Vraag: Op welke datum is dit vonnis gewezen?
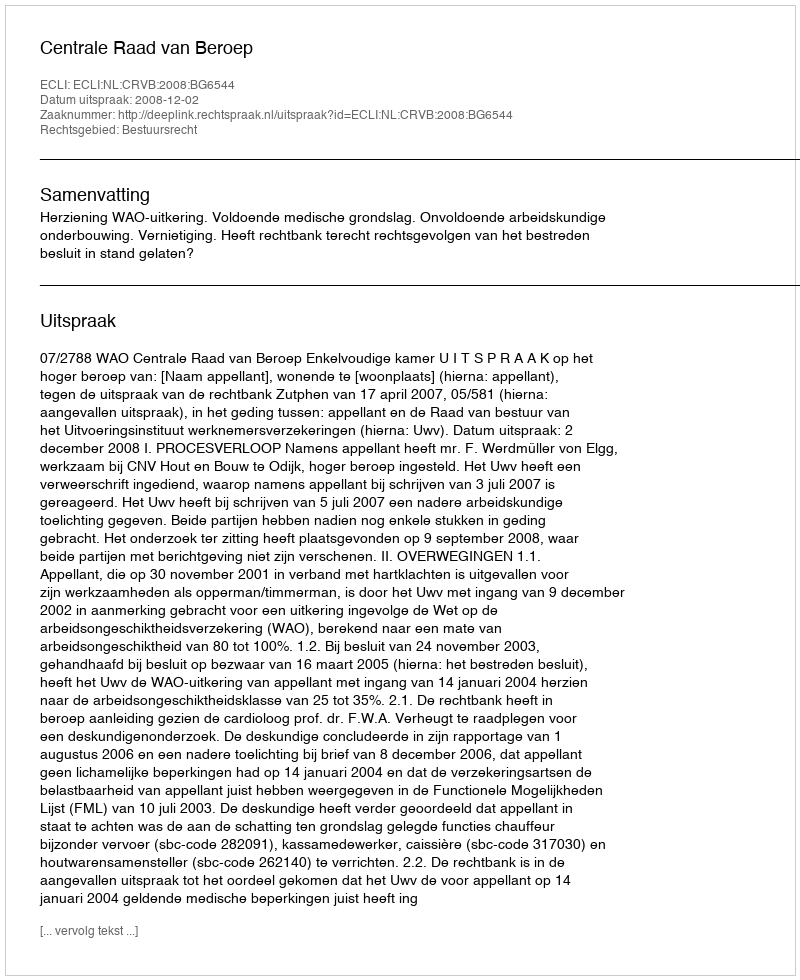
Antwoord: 2008-12-02